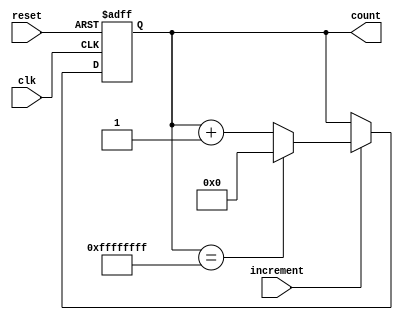
module Counter(
    input clk,
    input reset,
    input increment,
    output reg [31:0] count
);

always @(posedge clk or posedge reset) begin
    if (reset) begin
        count <= 0;
    end else if (increment) begin
        if (count == 32'hFFFFFFFF) begin
            count <= 0;
        end else begin
            count <= count + 1;
        end
    end
end

endmodule